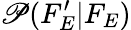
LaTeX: \mathscr{P}(F_{E}^{\prime}|F_{E})